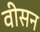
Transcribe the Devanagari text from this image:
वीसन